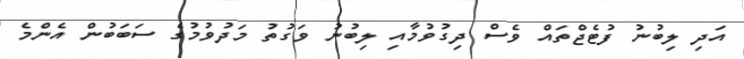
އަދި ލިބުނު ފުޓެޖްތައް ވެސް ދިގުވުމާއި ލިބުނު ވަގުތު މަދުވުމުގެ ސަބަބުން އެންމެ